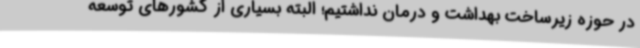
در حوزه زیرساخت بهداشت و درمان نداشتیم؛ البته بسیاری از کشورهای توسعه